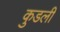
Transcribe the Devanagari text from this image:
कुडली